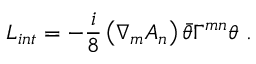
L _ { i n t } = - \frac { i } { 8 } \left( { \nabla } _ { m } { A _ { n } } \right) \bar { \theta } { \Gamma } ^ { m n } { \theta } \ .